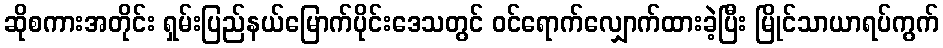
ဆိုစကားအတိုင်း ရှမ်းပြည်နယ်မြောက်ပိုင်းဒေသတွင် ဝင်ရောက်လျှောက်ထားခဲ့ပြီး မြိုင်သာယာရပ်ကွက်